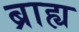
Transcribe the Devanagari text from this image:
ब्राह्य